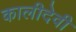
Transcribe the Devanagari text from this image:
कालीदेवी